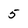
Character: 5